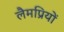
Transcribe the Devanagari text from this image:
लैमप्रियों